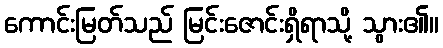
ကောင်းမြတ်သည် မြင်းဇောင်းရှိရာသို့ သွား၏။